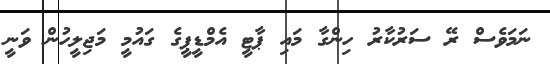
ނަމަވެސް ރޭ ސަރުކާރު ހިންގާ މައި ޕާޓީ އެމްޑީޕީގެ ގައުމީ މަޖިލީހުން ވަނީ